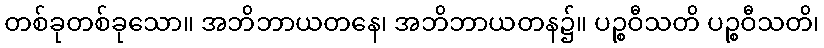
တစ်ခုတစ်ခုသော။ အဘိဘာယတနေ၊ အဘိဘာယတန၌။ ပဉ္စဝီသတိ ပဉ္စဝီသတိ၊